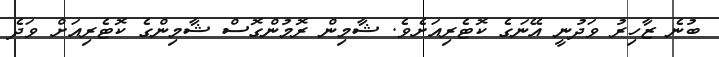
ބުނެ ޒާހިރު ވަދުނީ އޭނަގެ ކޮޓެރިއަށެވެ. ޝާމިން ރޮމުންގޮސް ޝާމިންގެ ކޮޓެރިއަށް ވަދެ